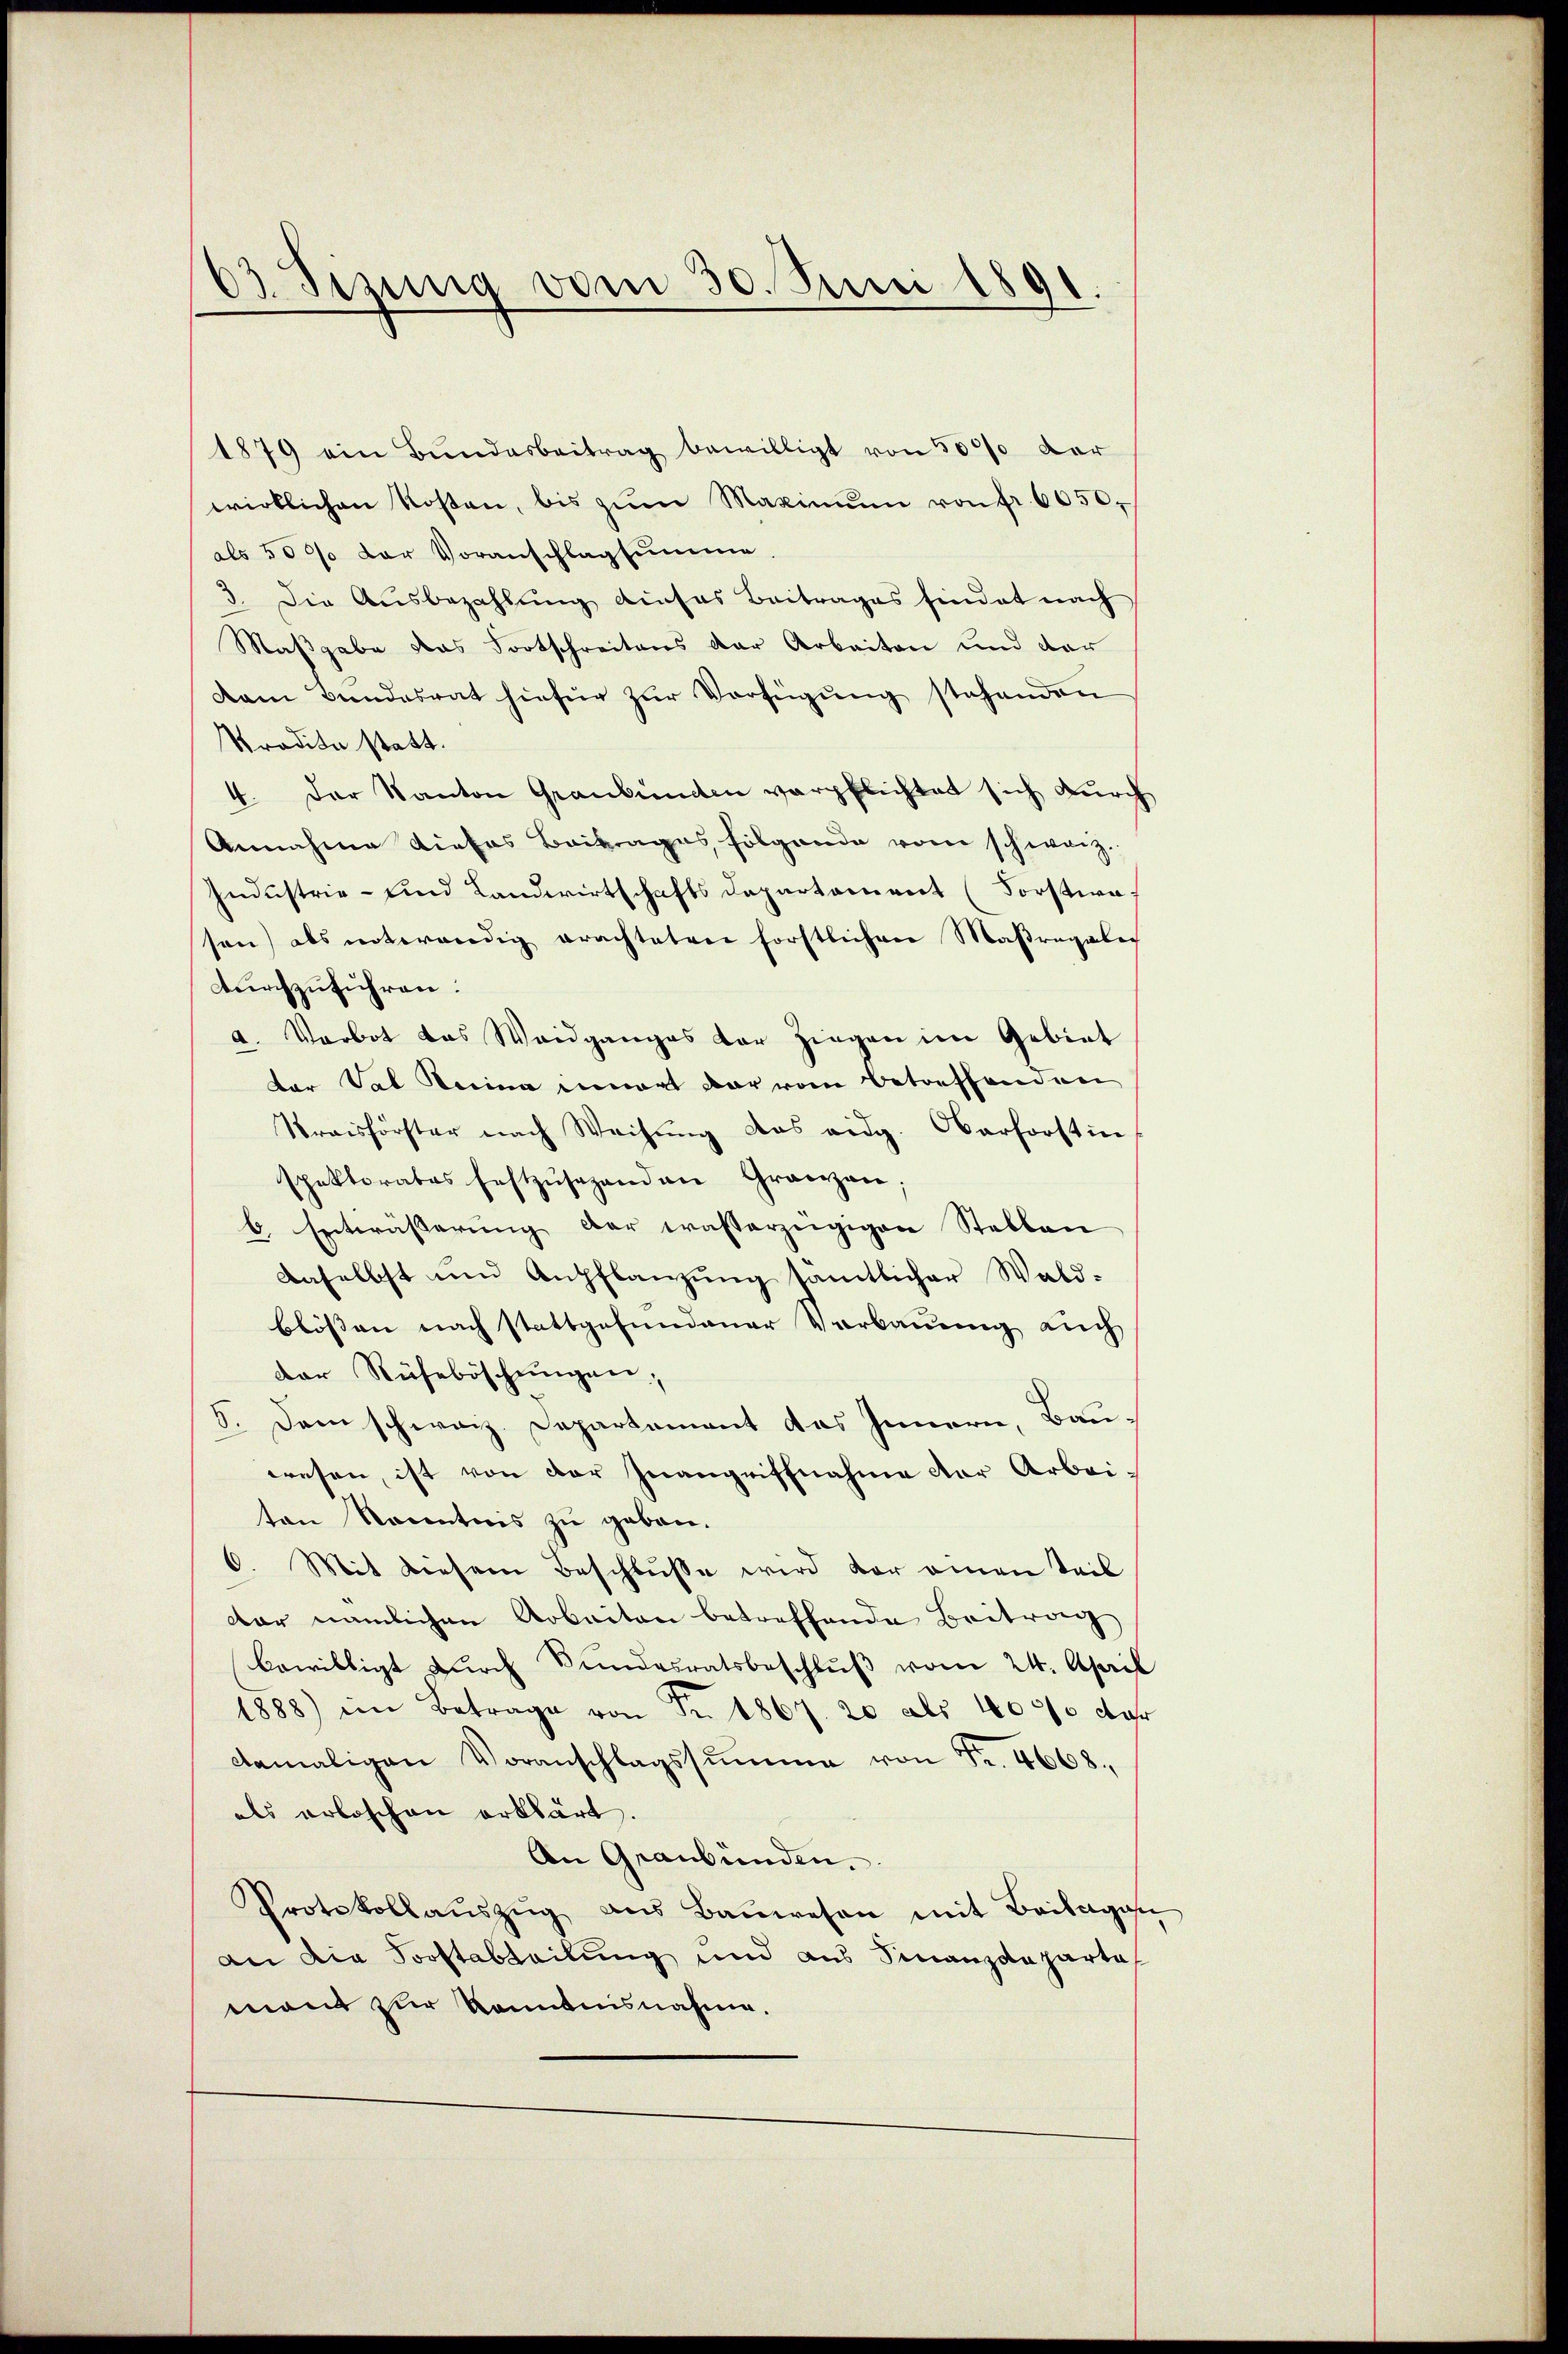
63. Sizung vom 30. Juni 1891.

1879 ein Bundesbeitrag bewilligt von 500% der
wirklichen Rosen, bis zŭm Maximŭm von fr. 6050,
als 500 der Voranschlagsumme.
3. Die Aŭsbezahlŭng dieses Beitrages sindet nach
Maßgabe das Fortschreitens der Arbeiten und dar
kam Bundesrat hiefür zur Verfügung stehenden
Stradita statt.
4. Der Kanton Graubünden verpflichtet sich durch
Annahme dieses Beitrages folgende vom schweiz.
Industrie- und Landwirtschafts Departament (Forstwasen) als unterendig erachteten förstlichen Maßragabe
dŭrchzŭführen:
a. Vorbot das Waidganges der Ziegen im Gebiet
der Val Berina innert dar vom Betreffenden
Kraisförster nach Weisŭng das eidg. Oberforstin
spektorates festzŭsehenden Grazen;
6. Entwässerung der wasserzügigen Stellen
daselbst und Anpflanzung sämtlicher Wald-
blößen nach stattgefundener Verbauung auch
der Rüheböschungen,
5. Dem schweiz. Departement das Innern, Bauwesen, ist von der Inangriffnahme der Arbei-
ten Kenntnis zu geben.
6. Mit diesem Beschlusse wird vor einen Teil
dar nämlichen Arbeiten betreffende Beitrag
bewilligt dŭrch Bundesratsbeschlŭβ vom 24. April
1888) im Betrage von Fr. 1867. 20 als 4000 der
damaligen Voranschlagssumme von Fr. 4608.
als erloschen erklärt.
An Graubünden.
Protokollaŭszŭg aŭs Baŭwesen mit Beilage
an die Forstabteilung und aus Finanzdepartal
mant zur Kenntnisnahme.